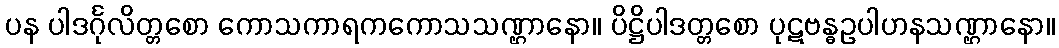
ပန ပါဒင်္ဂုလိတ္တစော ကောသကာရကကောသသဏ္ဌာနော။ ပိဋ္ဌိပါဒတ္တစော ပုဋဗန္ဓဥပါဟနသဏ္ဌာနော။